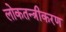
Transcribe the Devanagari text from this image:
लोकतन्‍त्रीकरण